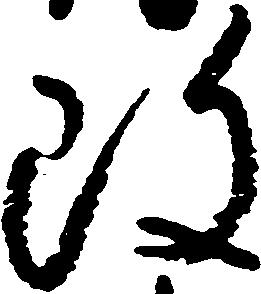
改